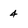
Character: 4